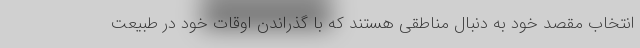
انتخاب مقصد خود به دنبال مناطقی هستند که با گذراندن اوقات خود در طبیعت